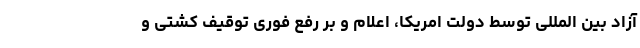
آزاد بین المللی توسط دولت امریکا، اعلام و بر رفع فوری توقیف کشتی و